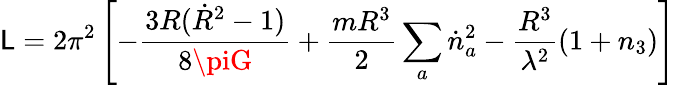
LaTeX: \mathsf{L}=2\pi^{2}\left[-\frac{{3R(\dot{{R}}^{2}-1)}}{{8\piG}}+\frac{{mR^{3}}}{{2}}\sum_{a}\dot{{n}}_{a}^{2}-\frac{{R^{3}}}{{\lambda^{2}}}(1+n_{3})\right]